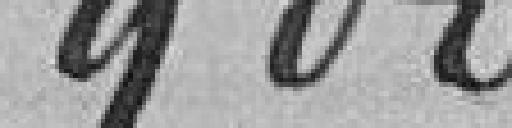
900 francs